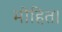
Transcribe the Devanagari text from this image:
मोहित।